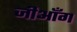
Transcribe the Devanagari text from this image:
जीआँग